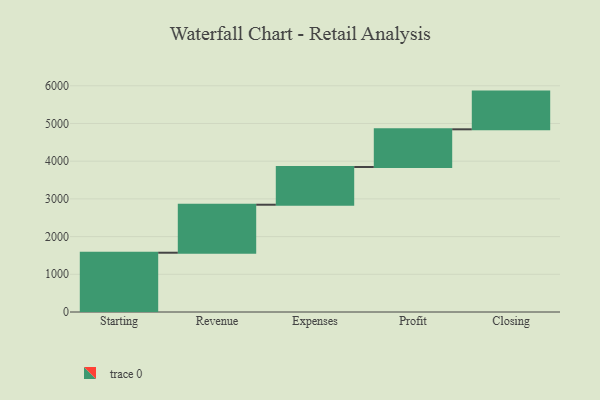
{"axis": {"x": "Step", "y": "Value"}, "legend": [""], "data": [{"x": "Starting", "y": 1572.0, "type": ""}, {"x": "Revenue", "y": 1273.0, "type": ""}, {"x": "Expenses", "y": 1000, "type": ""}, {"x": "Profit", "y": 1000, "type": ""}, {"x": "Closing", "y": 1000, "type": ""}]}